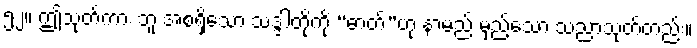
၅၂။ ဤသုတ်ကား ဘူ အစရှိသော သဒ္ဒါတို့ကို “ဓာတ်”ဟု နာမည် မှည့်သော သညာသုတ်တည်း။